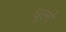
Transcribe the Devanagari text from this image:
धूलो